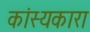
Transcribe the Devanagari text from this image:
कांस्यकारा